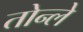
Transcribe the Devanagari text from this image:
तोन्ले